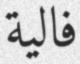
فالية